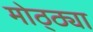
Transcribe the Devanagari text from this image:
मोठ्ठ्या